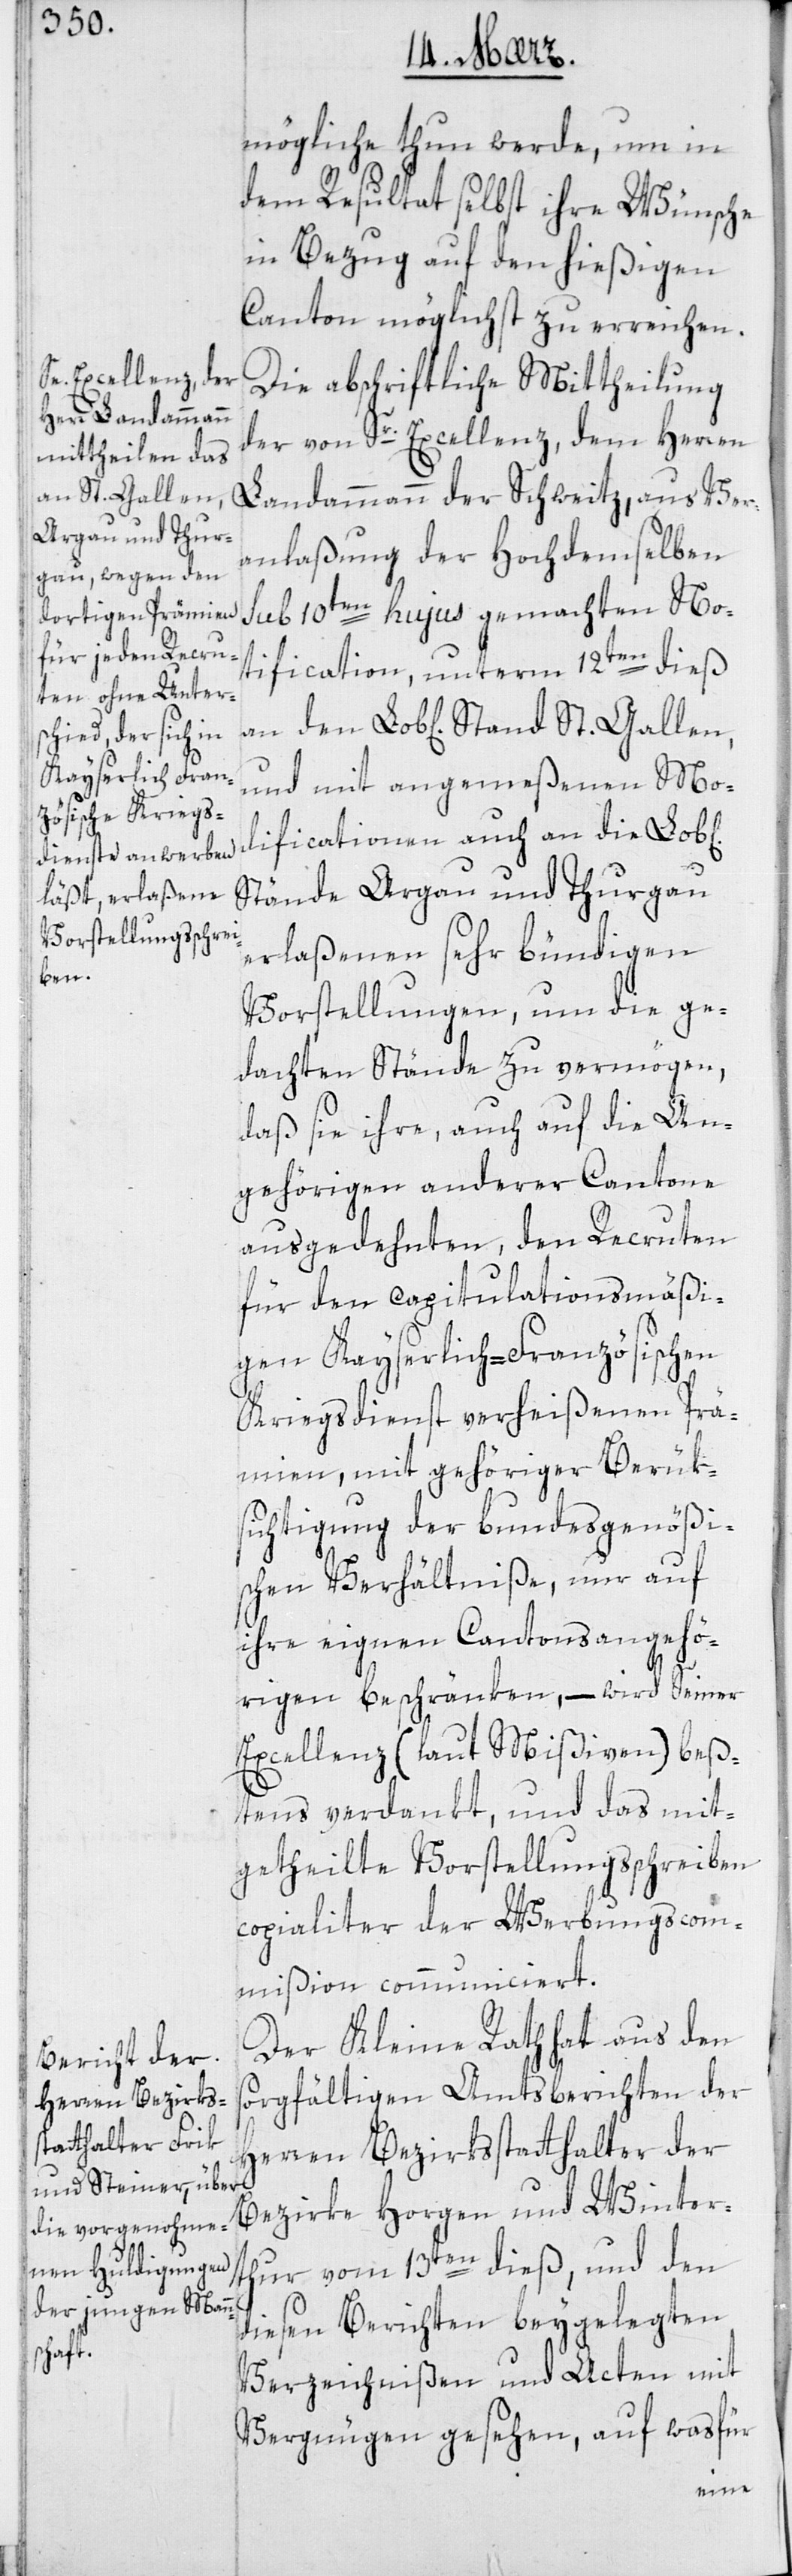
Mögliche tun werde, um in
dem Resultat selbst ihre Wünsche
in Bezug auf den hießigen
Canton möglichst zu erreichen.
Die abschriftliche Mittheilung
der von Sr. Excellenz dem Herren
Stand St. Gallen,
Landammann der Schweitz, aus Ver¬
anlaßung der hochdemselben
sub 10ten hujus gemachten No¬
tification, unterm 12ten dieß
und mit angemeßenen Mo¬
dificationen auch an die Lob[li¬
Stände Argau und Thurgau
erlaßenen sehr bündigen
Vorstellungen, um die ge¬
dachten Stände zu vermögen,
daß sie ihre, auch auf die An¬
gehörigen anderer Cantone
ausgedehnten, den Recruten
für den capitulationsmäßi¬
gen Kayserlich-Französischen
Kriegsdienst verheißenen Prä¬
mien, mit gehöriger Berük¬
sichtigung der bundesgenößi¬
schen Verhältniße, nur auf
ihre eigenen Cantonsangehö¬
rigen beschränken, – wird Seiner
Excellenz (laut Mißiven) beß¬
tens verdankt, und das mit¬
getheilte Vorstellungsschreiben
copialiter der Werbungscom¬
mißion commuiniciert.
Der Kleine Rath hat aus den
sorgfältigen Amtsberichten der
Herren Bezirksstatthalter der
Bezirke Horgen und Winter¬
thur vom 13ten dieß, und den
diesen Berichten beygelegten
Verzeichnißen und Acten mit
Vergnügen gesehen, auf was für
chen]